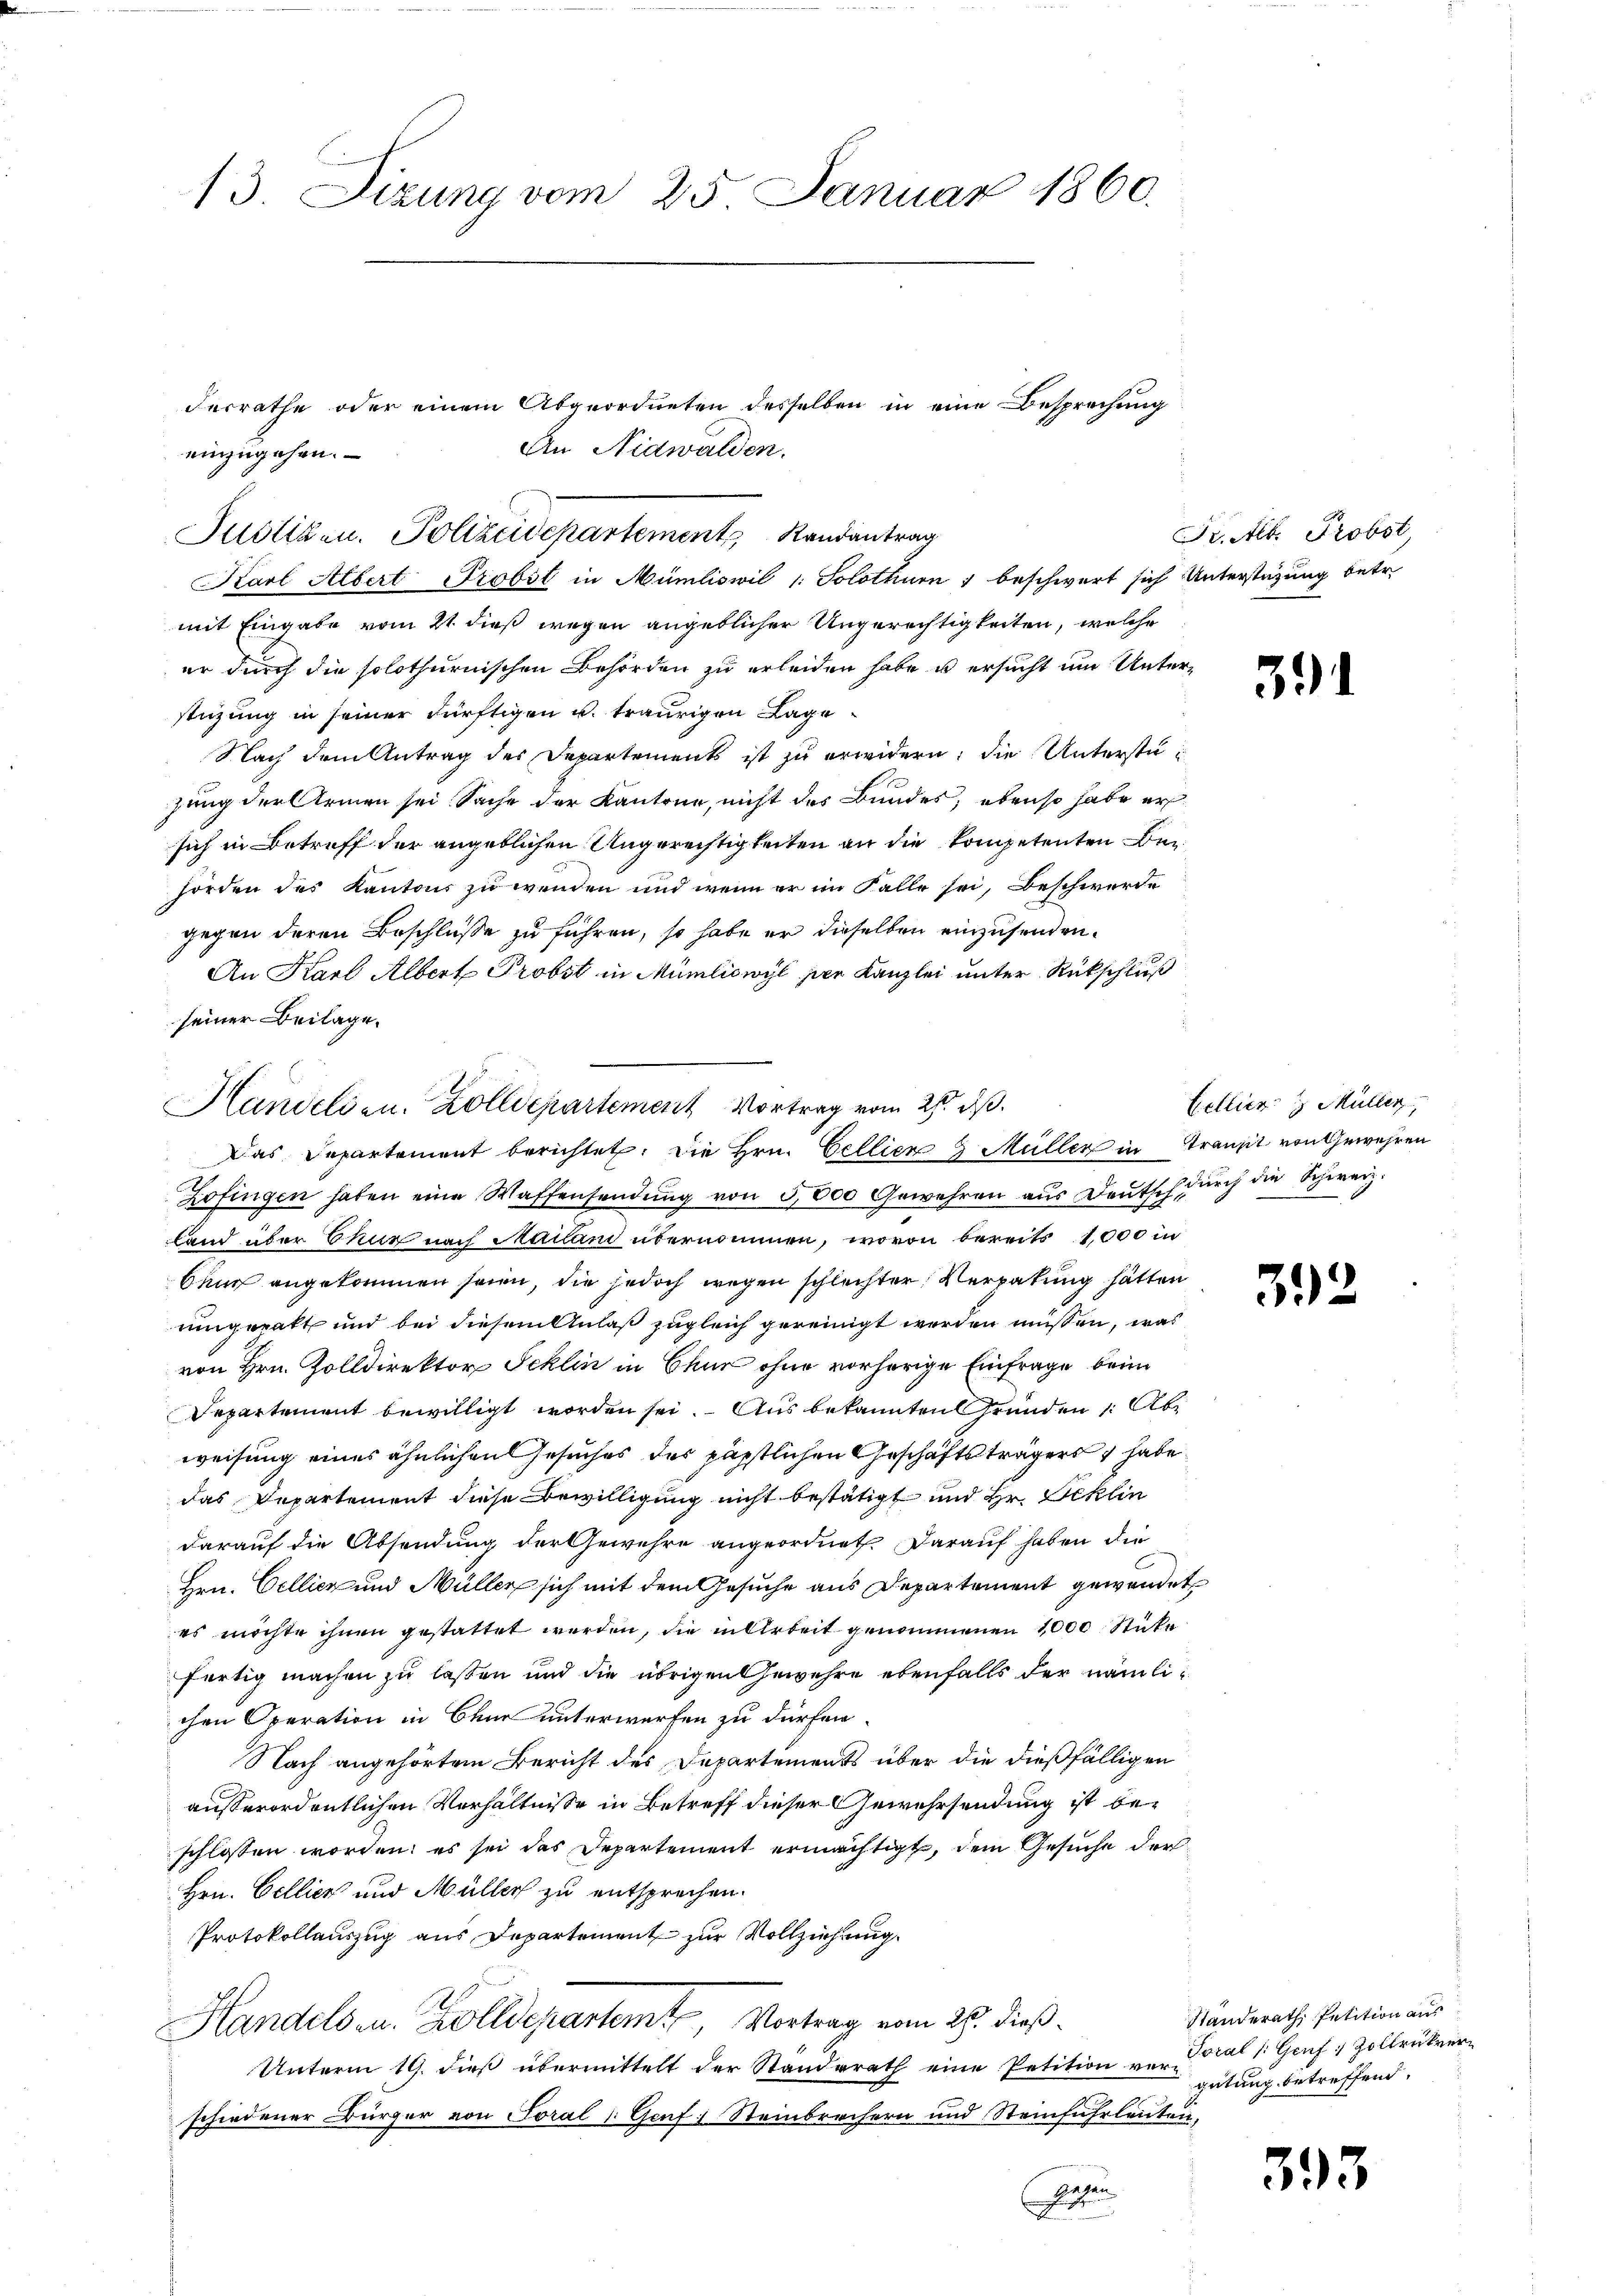
13. Sizung vom 25. Januar 1860.

einzugehen.

Justizen. Polizeidepartements Randantrag

Karl Albert Probst in Mümliswil /: Solothurn , beschwert sich Unterstützung betr.
mit Eingabe vom 21. dieß wegen angeblicher Ungerechtigkeiten, welche
er durch die solothurnischen Behörden zu erleiden habe u ersucht um Unterstüzung in seiner dürftigen u. traurigen Lage
Nach dem Antrag des Departements ist zu erwidern, die Unterstüzung der Armen sei Sache der Kantone, nicht des Bundes; ebenso habe er
sich in Betreff der angeblichen Ungerechtigkeiten an die kompetenten Bei
hörden des Kantons zu wenden und wenn er im Falle sei, Beschwerde
gegen deren Beschlüße zu führen, so habe er dieselben einzusenden.
An Karl Albert Probst in Mümliswyl per Kanzlei unter Rückschluß
seiner Beilage.
Das Departement berichtet. Die Hrn. Gellier 3 Müller in Transit von Gewehren
Zofingen haben eine Waffensendŭng von 5,000 Gewehren aus Deutsch durch die Schweiz.
land über Chur nach Mailani übernommen, wovon bereits 1000 in
bau angekommen seien, die jedoch wegen schlechter Verpatung hätten
uingeratt und bei diesem Anlaß zugleich gereinigt werden müssen, was
von Hrn. Zolldirektor Schlin in Chur ohne vorherige Einfrage beim
Departement bewilligt worden sei. Aus bekannten Gründen 1. Abe
weisung eines ähnlichen Gesuches des päpstlichen Geschäftsträgers habe
das Departement diese Bewilligung nicht bestätigt und Hr. Beklin
darauf die Absendung der Gewehre angeordnet darauf haben die
Hrn. Cellier und Müller sich mit dem Gesuche aus Departement gewendet
es möchte ihnen gestattet werden, die in Arbeit genommenen 1000 Stücke
fertig machen zu lassen und die übrigen Gewehre ebenfalls der nämlichen Operation in Baur unterwerfen zu dürfen.
Nach angehörtem Bericht des Departements über die dießfälligen
ausserordentlichen Verhältnisse in Betreff dieser Gewehrsendung ist beschlossen worden; es sei das Departement ermächtigt, dem Gesuche der
Hrn. Cellier und Müller zu entsprechen.
Protokollauszug aus Departement zur Vollziehung.
Handels u. Zolldepartemt, Vortrag vom 25. dieß.
Unterm 19. dieß übermittelt der Standerath eine Petition ver-
schiedener Bürger von Soral (Genf Steinbrechern und Steinfuhrleuten.
Festun

Handelden. Zolldepartement Vortrag vom 27. ds.

Ferrathe oder einem Abgeordneten desselben in eine Besprechung
An Nidwalden.

Petit. Probst,

3

Bellier Müller,

302

Standerath Petition aus
Toral (Genf, Zollrükver
gütung betreffend.

393